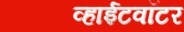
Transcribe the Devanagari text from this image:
व्हाईटवॉटर